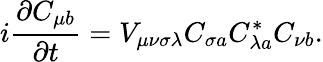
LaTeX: i\frac{\partial C_{\mu b}}{\partial t}=V_{\mu\nu\sigma\lambda}C_{\sigma a}C_{\lambda a}^{*}C_{\nu b}.